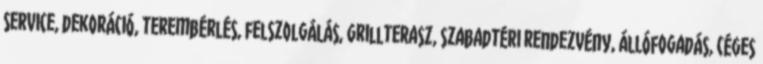
service, dekoráció, terembérlés, felszolgálás, grillterasz, szabadtéri rendezvény, állófogadás, céges